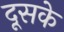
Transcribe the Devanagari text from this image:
दूसके